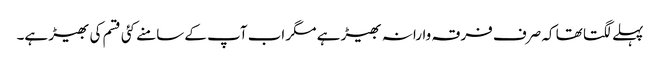
پہلے لگتا تھا کہ صرف فرقہ وارانہ بھیڑ ہے مگر اب آپ کے سامنے کئی قسم کی بھیڑ ہے۔